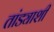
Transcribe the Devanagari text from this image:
तांड्याशी